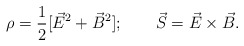
\begin{align*}\rho = {1\over2} [\vec E^2+\vec B^2];\qquad\vec S = \vec E \times \vec B.\end{align*}